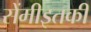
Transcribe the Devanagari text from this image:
सेंमीइतकी